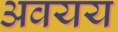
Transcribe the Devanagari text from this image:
अवयय